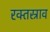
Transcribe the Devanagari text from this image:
रक्‍तस्राव